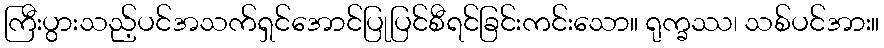
ကြီးပွားသည့်ပင်အသက်ရှင်အောင်ပြုပြင်စီရင်ခြင်းကင်းသော။ ရုက္ခဿ၊ သစ်ပင်အား။